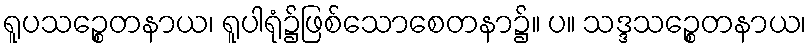
ရူပသဉ္စေတနာယ၊ ရူပါရုံ၌ဖြစ်သောစေတနာ၌။ ပ။ သဒ္ဒသဉ္စေတနာယ၊